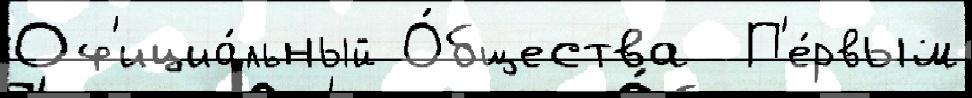
Оф'ициа́льный О́бщества  П'е́рвым